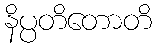
နိပ္ပတိတောတိ